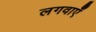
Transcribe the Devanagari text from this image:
लगवाएँ